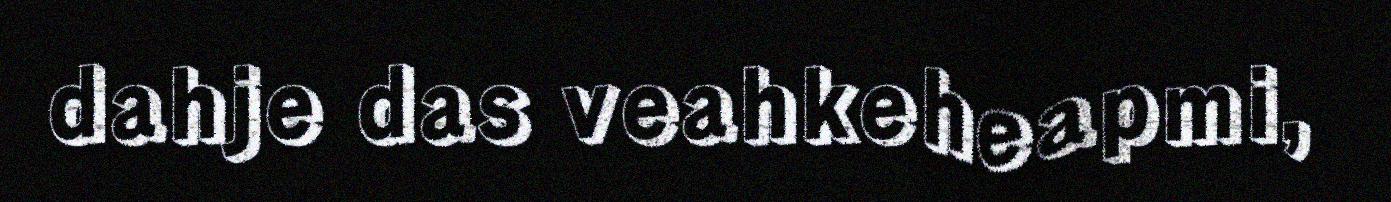
dahje das veahkeheapmi,